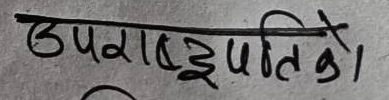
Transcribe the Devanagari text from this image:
उपराइपतिको